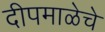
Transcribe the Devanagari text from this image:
दीपमाळेचे